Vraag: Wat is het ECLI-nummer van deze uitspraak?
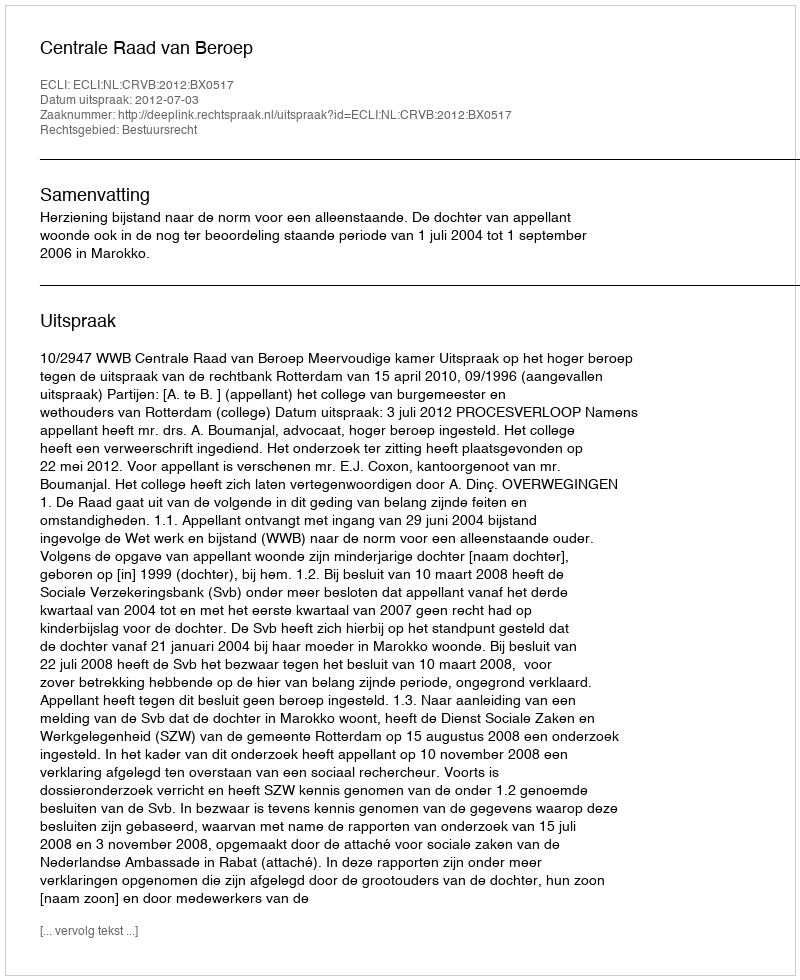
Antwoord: ECLI:NL:CRVB:2012:BX0517